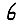
Digit: 6